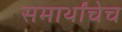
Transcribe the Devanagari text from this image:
समार्थांचेच